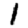
Digit: 1